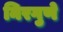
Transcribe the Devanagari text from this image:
निरगुणे